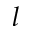
l